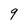
Character: 9